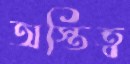
অস্তিত্ব